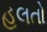
હલતો